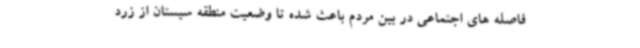
فاصله های اجتماعی در بین مردم باعث شده تا وضعیت منطقه سیستان از زرد